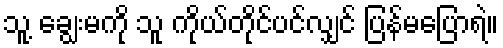
သူ့ ချွေးမကို သူ ကိုယ်တိုင်ပင်လျှင် ပြန်မပြောရဲ။